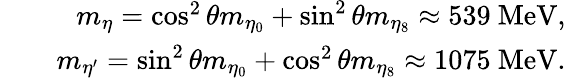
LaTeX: \begin{array}{rlr}&{}&{m_{\eta}=\cos^{2}\theta m_{\eta_{0}}+\sin^{2}\theta m_{\eta_{8}}\approx 539\ \mathrm{{MeV}},}\\ &{}&{m_{\eta^{\prime}}=\sin^{2}\theta m_{\eta_{0}}+\cos^{2}\theta m_{\eta_{8}}\approx 1075\ {\mathrm{MeV}}.}\end{array}